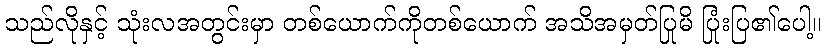
သည်လိုနှင့် သုံးလအတွင်းမှာ တစ်ယောက်ကိုတစ်ယောက် အသိအမှတ်ပြုမိ ပြုံးပြ၏ပေါ့။